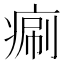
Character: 𤷯